Calcutta medical institutions reports 1871-78
Year: 1871
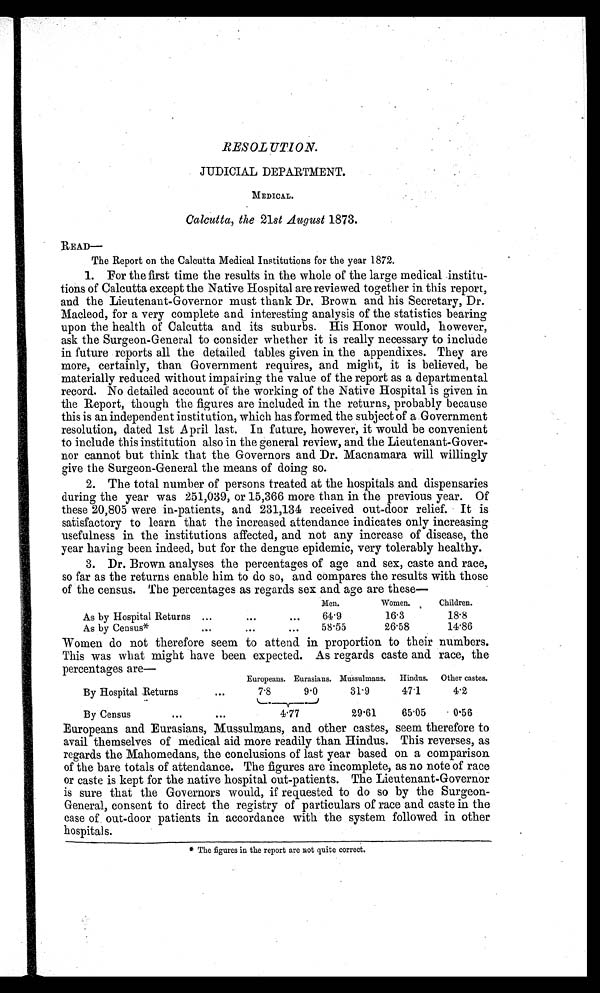
RESOLUTION.
JUDICIAL DEPARTMENT.
MEDICAL.
Calcutta, the 21st August 1873.
READ—
The Report on the Calcutta Medical Institutions for the year 1872.
1. For the first time the results in the whole of the large medical institu-
tions of Calcutta except the Native Hospital are reviewed together in this report,
and the Lieutenant-Governor must thank Dr. Brown and his Secretary, Dr.
Macleod, for a very complete and interesting analysis of the statistics bearing
upon the health of Calcutta and its suburbs. His Honor would, however,
ask the Surgeon-General to consider whether it is really necessary to include
in future reports all the detailed tables given in the appendixes. They are
more, certainly, than Government requires, and might, it is believed, be
materially reduced without impairing the value of the report as a departmental
record. No detailed account of the working of the Native Hospital is given in
the Report, though the figures are included in the returns, probably because
this is an independent institution, which has formed the subject of a Government
resolution, dated 1st April last. In future, however, it would be convenient
to include this institution also in the general review, and the Lieutenant-Gover-
nor cannot but think that the Governors and Dr. Macnamara will willingly
give the Surgeon-General the means of doing so.
2. The total number of persons treated at the hospitals and dispensaries
during the year was 251,039, or 15,366 more than in the previous year. Of
these 20,805 were in-patients, and 231,134 received out-door relief. It is
satisfactory to learn that the increased attendance indicates only increasing
usefulness in the institutions affected, and not any increase of disease, the
year having been indeed, but for the dengue epidemic, very tolerably healthy.
3. Dr. Brown analyses the percentages of age and sex, caste and race,
so far as the returns enable him to do so, and compares the results with those
of the census. The percentages as regards sex and age are these—
Men.
Women.
Children.
As by Hospital Returns . .
. . .
. . .
64. 9
16.3
18.8
As by Census*
. . .
. . .
. . .
58.55
26.58
14.86
Women do not therefore seem to attend in proportion to their numbers.
This was what might have been expected. As regards caste and race, the
percentages are—
Europeans. Eurasians. Mussulmans.
Hindus.
Other castes.
By Hospital Returns
. . .
7.8
9.0
31.9
47.1
4.2
By Census
. . .
. . .
4.77
29.61
65.05
0.56
Europeans and Eurasians, Mussulmans, and other castes, seem therefore to
avail themselves of medical aid more readily than Hindus. This reverses, as
regards the Mahomedans, the conclusions of last year based on a comparison
of the bare totals of attendance. The figures are incomplete, as no note of race
or caste is kept for the native hospital out-patients. The Lieutenant-Governor
is sure that the Governors would, if requested to do so by the Surgeon-
General, consent to direct the registry of particulars of race and caste in the
case of out-door patients in accordance with the system followed in other
hospitals.
* The figures in the report are not quite correct.